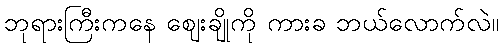
ဘုရားကြီးကနေ ဈေးချိုကို ကားခ ဘယ်လောက်လဲ။